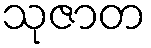
သုဇာတ